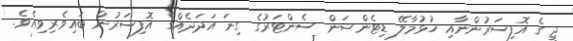
ޖީ ގެ އޮފިސަރުންނާއި ހުޅުމާލޭ ޑިޓެންޝަން ސެންޓަރުގެ ގިނަ އަދަދެއްގެ އޮފިސަރުން ބައިވެރިވިއެވެ.